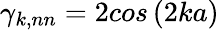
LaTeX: {\gamma}_{k,nn}=2cos\left(2ka\right)